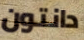
دانتون